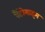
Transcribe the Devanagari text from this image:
पैंटोमाइम